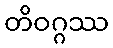
တိဝဂ္ဂဿ